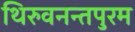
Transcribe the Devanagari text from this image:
थिरुवनन्तपुरम